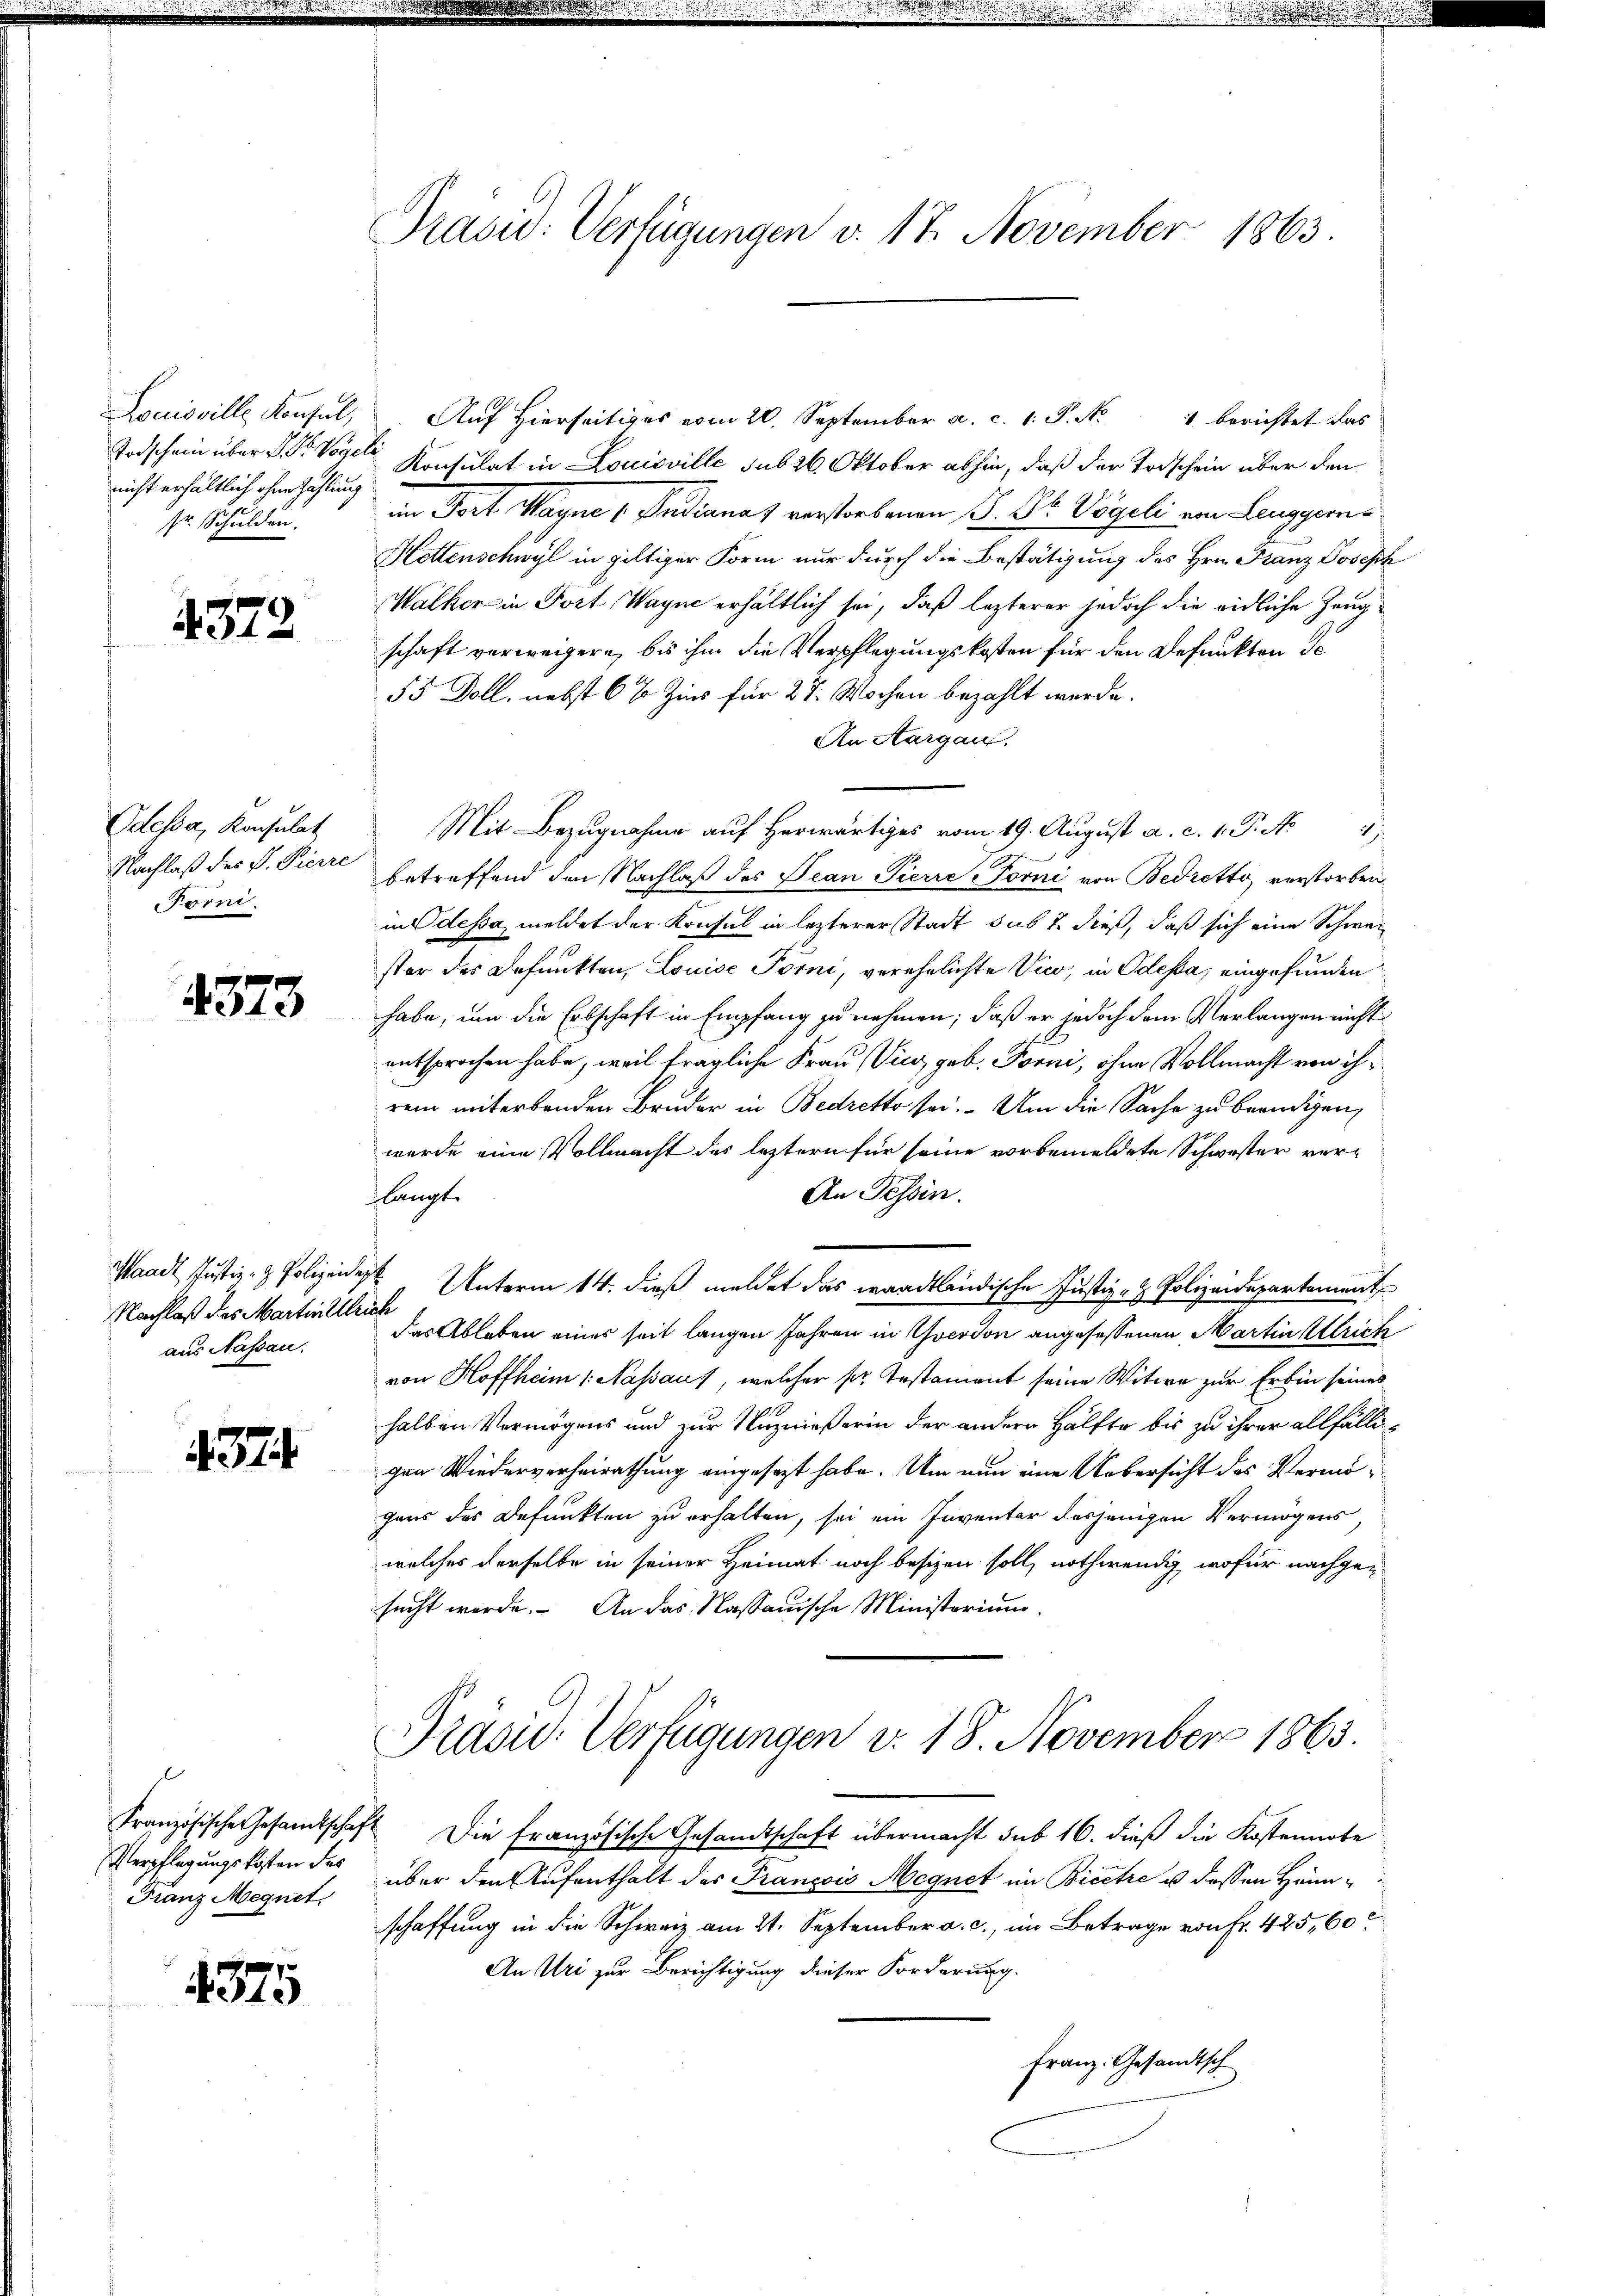
Louisville Konsul,
Todschein über L. Dr. Voger
nicht erhältlich ohne Zahlung
sr. Schulden.

4379.

Odessa, Konsulat
Nachlaß des P. Pierre
Förni

4373

Waadt Justiz- & Polizeiden
Nachlaß des Martin Elle
aus Nassau.

4374

l
Verpflegungskosten der
Franz Megnet,

4375

Präsid. Verfügungen v. 17. November 1863.

Auf Hierseitiges vom 20. September a. c. 1. P. Nr. 4 berichtet das
Konsulat in Louisville sub 26. Oktober abhin, daß der Todschein über den
in Fort, Magne „Pudianat verstorbenen B. Thl. Vögeli von Leuggerne
Hettenschwyl in giltiger Form nur durch die Bestätigung des Hrn. Franz Joseph
Walker in Fort, Wagne erhältlich sei, daß lezterer jedoch die eidliche Zeugschaft verweigern, bis ihm die Verpflegungskosten für den Befunkten de
55 Doll, nebst 6 % Zins für 27. Wochen bezahlt werde.
An Aargau.
Mit Bezugnahme auf herwärtiges vom 19. August a. c. 1. P. A. 17
betreffend den Nachlaß des Jean Pierre Forni von Bedretto, verstorben.
in Odessa, meldet der Konsul in lezterer Stadt sub 2 dieß, daß sich eine Schweister des Befunkten, Louise Forni, verehelichte Vico, in Odessa, eingefunden
habe, um die Erbschaft in Empfang zu nehmen; daß er jedoch dem Verlangen nicht
entsprochen habe, weil fragliche Frau (Vie, geb. Forni, ohne Vollmacht von ihrem miterbanden Bruder in Bedretto sei. Um die Sache zu beendigen,
wurde eine Vollmacht des leztern für seine vorbemeldete Schwester ver¬
An Tessin.
dlangt.
 Unterm 14. dieß meldet das waadtländische Justiz- & Polizeidepartement
nichte
das Ableben eines seit langen Jahren in verdon angesessenen Martin Ulrich
von Hoffheim 1. Nassaut, welcher pr. Testament seine Witwe zur Erbin seines
halben Vermögens und zur Nuznießerin der andern Hälfte bis zu ihrer allfälligen Wiederverheirathung eingesezt habe. Um nun eine Uebersicht des Vermögens des Defunkten zu erhalten, sei ein Inventar desjenigen Vermögens
welches derselbe in seiner Heimat noch besizen soll, nothwendig, wofür nachgesucht werde. An das Nassauische Ministerium
Präsid. Verfügungen v. 18. November 1863.
Französische Gesandtschaft Die französische Gesandtschaft übermacht sub 16. dieß die Kostennote
über den Aufenthalt der Francois Megnet im Bieetze u dessen Heimschaffung in die Schweiz am 21. September a. c., im Betrage von Fr. 425, 60
An Uri zur Berichtigung dieser Forderung.
Franz. Gesandtsch